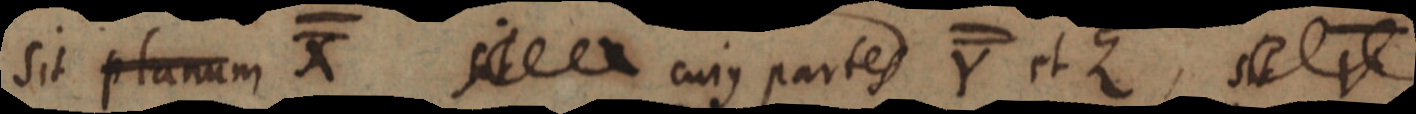
sit planum X sit cuius partes Y et Z, sit V